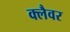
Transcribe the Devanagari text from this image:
क्लैवर